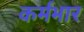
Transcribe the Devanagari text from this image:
कर्मभार